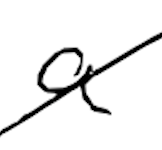
Text: a
Cross-out: diagonal
Writing tool: digital_black